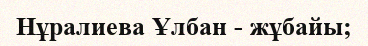
Нұралиева Ұлбан - жұбайы;